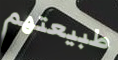
طبيعتهم